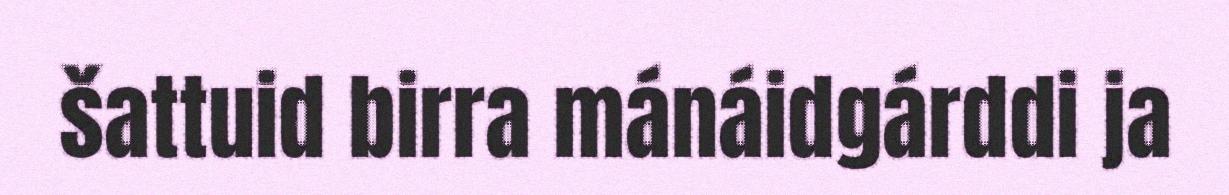
šattuid birra mánáidgárddi ja